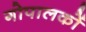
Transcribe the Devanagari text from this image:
गोपालकों